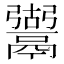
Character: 𩱍